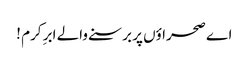
اے صحراؤں پر برسنے والے ابرِ کرم !